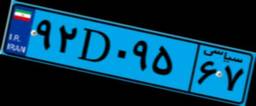
۹۲D۰۹۵۶۷